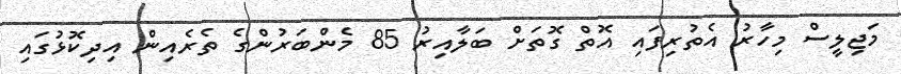
މަޖިލީސް މިހާރު އެތުރިފައި އޮތް ގޮތަށް ބަލާއިރު 85 މެންބަރުންގެ ތެރެއިން އިދިކޮޅުގައި